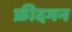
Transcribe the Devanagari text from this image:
फ्रीदमन